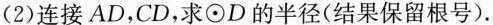
(2)连接AD，CD，求⊙D的半径(结果保留根号)。